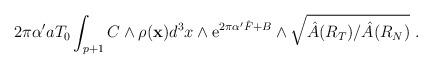
LaTeX: \begin{align*}2\pi\alpha' a T_0 \int_{p+1} C\wedge \rho({\bf x}) d^3x\wedge{\rm e}^{2\pi\alpha' {\hat F} + B} \wedge \sqrt{\hat{A}(R_T)/\hat{A}(R_N)}~.\end{align*}